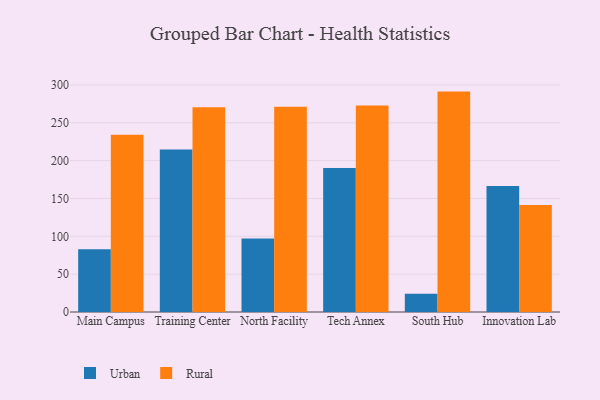
{"axis": {"x": "Campus", "y": "Energy Usage (MWh)"}, "legend": ["Rural", "Urban"], "data": [{"x": "Main Campus", "y": 82.8, "type": "Urban"}, {"x": "Main Campus", "y": 234.3, "type": "Rural"}, {"x": "Training Center", "y": 214.6, "type": "Urban"}, {"x": "Training Center", "y": 270.6, "type": "Rural"}, {"x": "North Facility", "y": 97.0, "type": "Urban"}, {"x": "North Facility", "y": 271.3, "type": "Rural"}, {"x": "Tech Annex", "y": 190.4, "type": "Urban"}, {"x": "Tech Annex", "y": 273.0, "type": "Rural"}, {"x": "South Hub", "y": 24.1, "type": "Urban"}, {"x": "South Hub", "y": 291.2, "type": "Rural"}, {"x": "Innovation Lab", "y": 166.6, "type": "Urban"}, {"x": "Innovation Lab", "y": 141.4, "type": "Rural"}]}